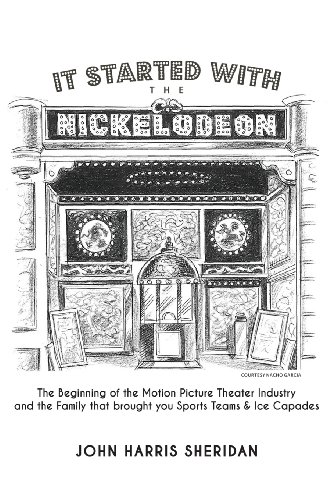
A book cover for It Started With the Nickelodeon: The Beginning of the Motion Picture Theater Industry and      the Family that brought you Sports & Ice Capades; John Harris Sheridan; Crafts, Hobbies & Home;